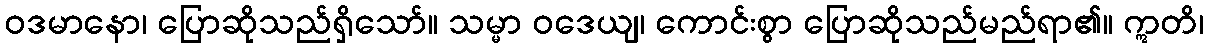
ဝဒမာနော၊ ပြောဆိုသည်ရှိသော်။ သမ္မာ ဝဒေယျ၊ ကောင်းစွာ ပြောဆိုသည်မည်ရာ၏။ ဣတိ၊